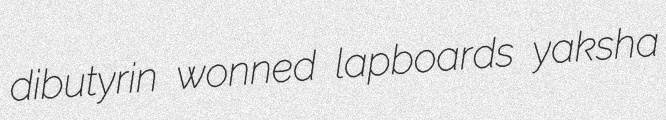
dibutyrin wonned lapboards yaksha